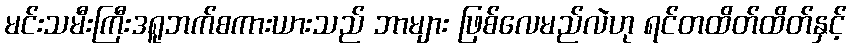
မင်းသမီးကြီးဒရူဘက်စကားယားသည် ဘာများ ဖြစ်လေမည်လဲဟု ရင်တထိတ်ထိတ်နှင့်